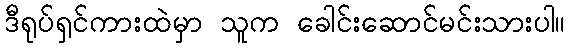
ဒီရုပ်ရှင်ကားထဲမှာ သူက ခေါင်းဆောင်မင်းသားပါ။